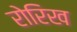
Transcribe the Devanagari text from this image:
रोरिख